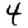
Digit: 4